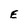
Character: E